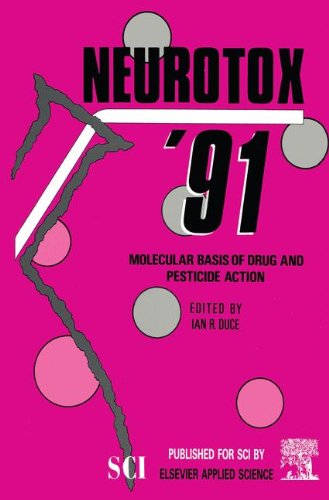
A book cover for Neurotox '91: Molecular Basis of Drug & Pesticide Action; Medical Books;